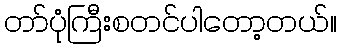
တာ်ပုံကြီးစတင်ပါတော့တယ်။